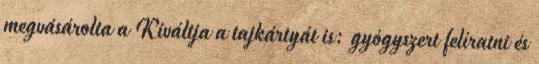
megvásárolta a Kiváltja a tajkártyát is: gyógyszert felíratni és